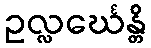
ဥလ္လင်္ဃေန္တိ